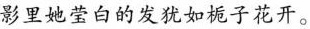
影里她莹白的发犹如栀子花开。